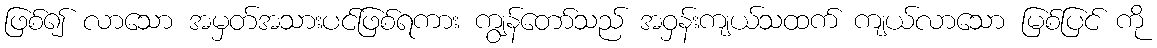
ဖြစ်၍ လာသော အမှတ်အသားပင်ဖြစ်ရကား ကျွန်တော်သည် အဝှန်းကျယ်သထက် ကျယ်လာသော မြစ်ပြင် ကို